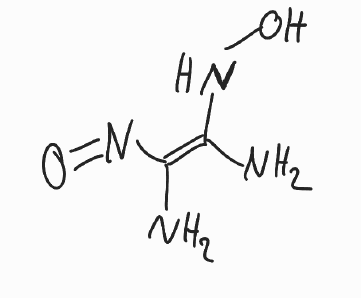
Simplified molecular-input line-entry system (SMILES) notation of the given molecule:
C(=C(\N)/N=O)(\N)/NO